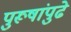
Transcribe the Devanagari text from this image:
पुरूषांपुढे